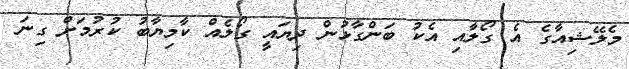
މެލޭޝިއާގެ އެ ގޯލާއި އެކު ބަންގާޅުން ދިޔައީ ގޯލެއް ކާމިޔާބު ކުރުމަށް ގިނަ